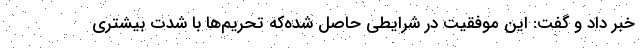
خبر داد و گفت: این موفقیت در شرایطی حاصل شده‌که تحریم‌ها با شدت بیشتری